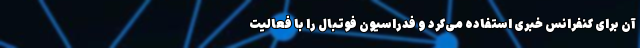
آن برای کنفرانس خبری استفاده می‌کرد و فدراسیون فوتبال را با فعالیت